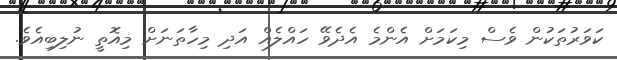
ކަވަރުތަކުން ވެސް މިކަމަށް އެންމެ އެދެވޭ ހައްލެއް އަދި މިހާތަނަށް މިއޮތީ ނުލިބިއެވެ.